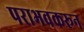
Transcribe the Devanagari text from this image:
पराभवकरून